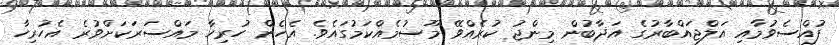
ފުއްސެވުމާއި އަލްޖައްބާރުގެ އަޛާބުން މިންޖު ކުރެއްވޭ މޫސުމެއްކަމުގައެވެ. އެހެން ހުރިހާ މައްސަރަކަށްވުރެ އެހުރިހާ